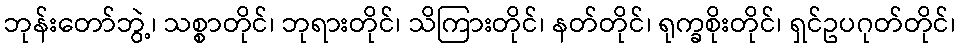
ဘုန်းတော်ဘွဲ့၊ သစ္စာတိုင်၊ ဘုရားတိုင်၊ သိကြားတိုင်၊ နတ်တိုင်၊ ရုက္ခစိုးတိုင်၊ ရှင်ဥပဂုတ်တိုင်၊